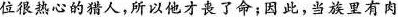
位很热心的猎人，所以他才丧了命;因此，当族里有肉